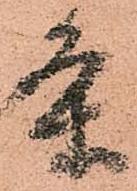
条